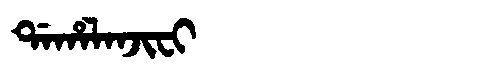
Manchu: ᡩᠠᡥᠠᠯᠠᠨᠵᡳᠸᡳ
Romanization: DAHALANJIFI